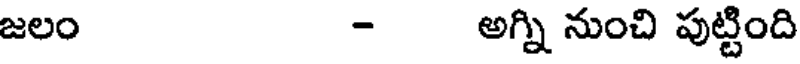
జలం - అగ్ని నుంచి పుట్టింది